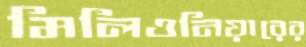
মিলিওনিয়ারের